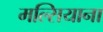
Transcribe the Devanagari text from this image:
मल्सियाना